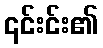
၎င်းင်း၏